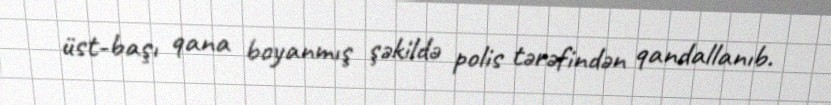
üst-başı qana boyanmış şəkildə polis tərəfindən qandallanıb.